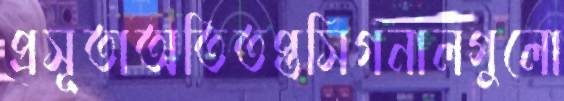
প্রসূতাঅতিতপ্তসিগনালগুলো